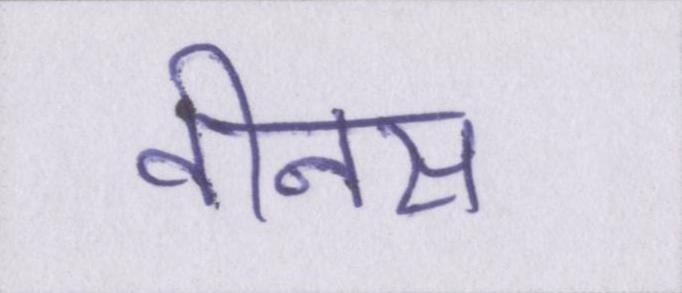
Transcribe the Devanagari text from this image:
वीनस